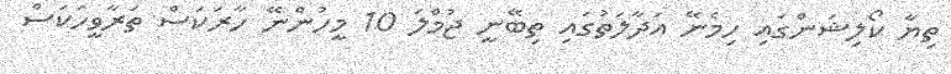
ތިޔާ ކޯލިޝަންގައި ހިމެނޭ އަދާލަތުގައި ތިބޭނީ ޖުމްލަ 10 މީހުންނޭ ހާރަކަސް ތަރާވީހަކަސް